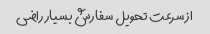
از سرعت تحویل سفارش بسیار راضی